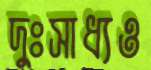
দুঃসাধ্যও